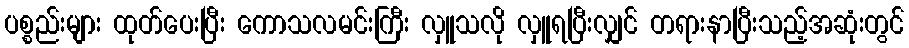
ပစ္စည်းများ ထုတ်ပေးပြီး ကောသလမင်းကြီး လှူသလို လှူရပြီးလျှင် တရားနာပြီးသည့်အဆုံးတွင်